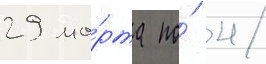
29 ма́рта по́ 4